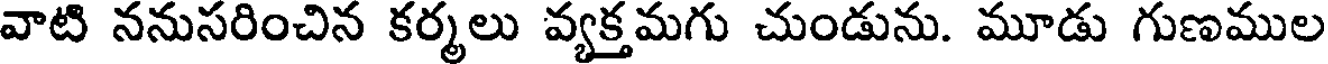
వాటి ననుసరించిన కర్మలు వ్యక్తమగు చుండును. మూడు గుణముల